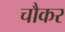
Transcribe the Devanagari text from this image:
चौकर